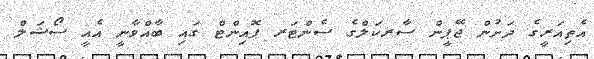
އެތިއަރީގެ ދަށުން ޖޭޕީން ސާރކަލްގެ ސެންޓަރ ޕޮއިންޓް ގައި ބާއްވާނީ އެއީ ސޯޝަލް